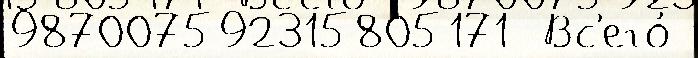
987007592315805171  Вс'его́